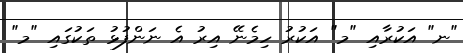
"ނ" އަކުރާއި "މ" އަކުރު ހިމެނޭ އިރު އެ ނަންފުޅު ތަކުގައި "މ"